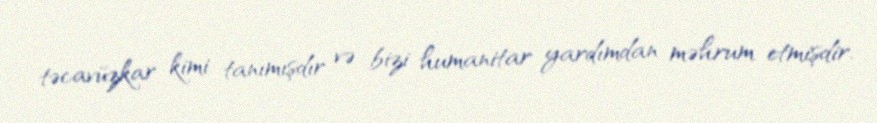
təcavüzkar kimi tanımışdır və bizi humanitar yardımdan məhrum etmişdir.